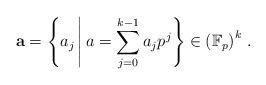
LaTeX: \begin{align*}\mathbf{a}& = \left\{a_j \,\middle|\, a = \sum_{j=0}^{k-1} a_j p^j \right\} \in \left( \mathbb{F}_p \right)^k\,.\end{align*}